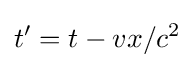
t'=t-vx/c^{2}